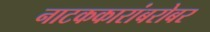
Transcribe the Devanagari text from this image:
नाटककारांबरोबर